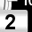
Digit: 2